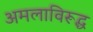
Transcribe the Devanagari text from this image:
अमलाविरूद्ध